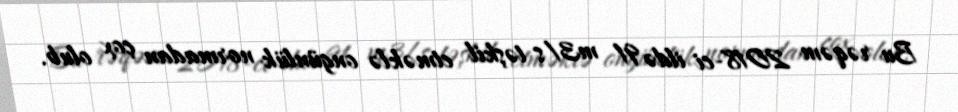
Bu rəqəm 2018-ci ildə 91 m3/s təşkil etməklə ongünlük normadan çox olub.